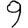
Digit: 9